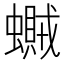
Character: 𧒿